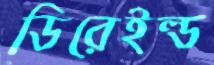
ডিরেইল্ড